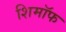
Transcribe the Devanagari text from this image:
शिमॉफ